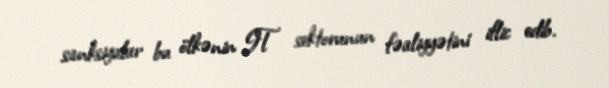
sanksiyalar bu ölkənin IT sektorunun fəaliyyətini iflic edib.